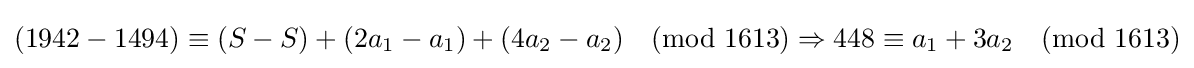
(1942-1494)\equiv (S-S)+(2a_{1}-a_{1})+(4a_{2}-a_{2}){\pmod {1613}}\Rightarrow {}448\equiv a_{1}+3a_{2}{\pmod {1613}}